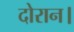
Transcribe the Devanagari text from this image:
दोरान।